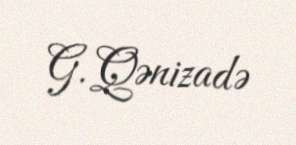
G. Qənizadə